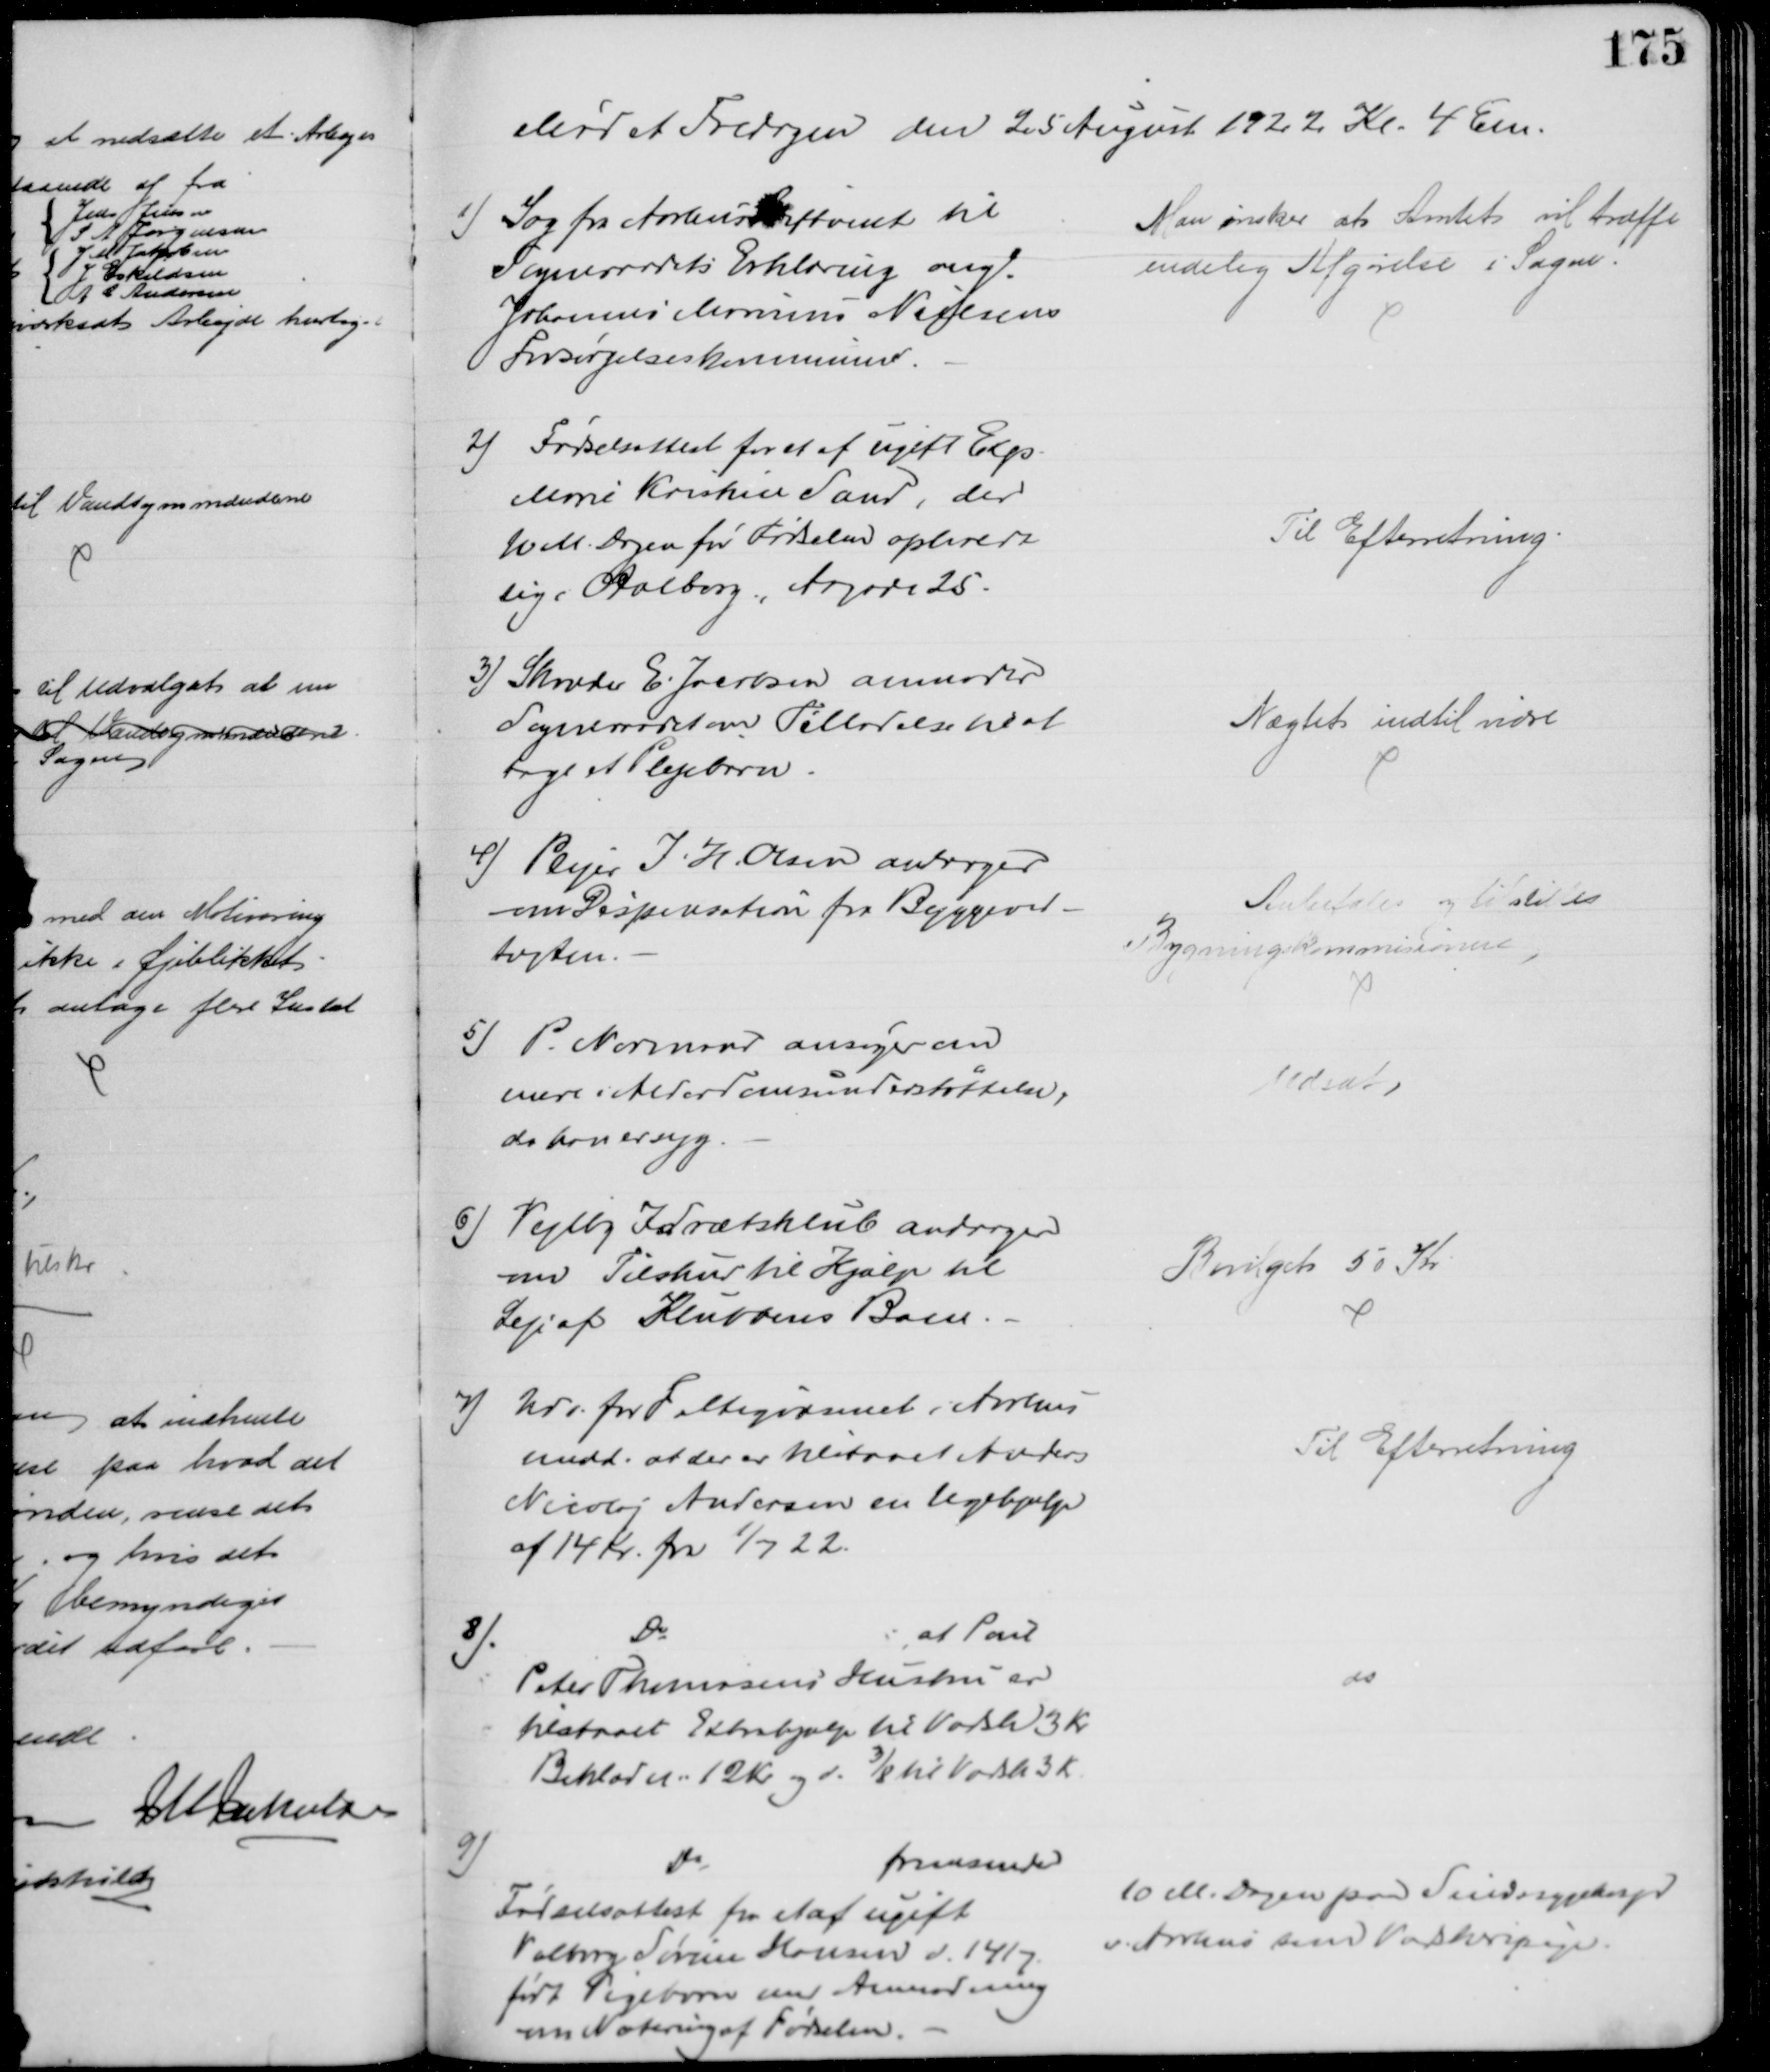
Transskription:
Mødet Fredagen den 25 August 1922 Kl. 4 Em.
1) Sag fra Aarhus Stiftamt til
Sogneraadets Erklæring ang.
Johannes Marinus Nielsens
Forsørgelseskommune.
Man ønsker at Amtet vil træffe
endelig Afgørelse i Sagen.
2) Fødselsattest for et af ugift Exp.
Marie Kristine Sand, der
10 M. Dagen før Fødselen opholdt
sig i Aalborg, Algade 25.
Til Efterretning.
3) Skræder E. Jacobsen anmoder
Sogneraadet om Tilladelse til at
tage at Plejebarn.
Nægtet indtil vidre
4) Plejer J. H. Olsen andrager
om Dispensation fra Byggeved-
tægten.
Anbefales og tilstilles
Bygningskommissionen
5) P. Normand ansøger en
mere i Alderdomsunderstøttelse,
da han er syg.
Udsat
6) Vejlby Idrætsklub andrager
om Tilskud til Hjælp til
Leje af Klubbens Bane.
Bevilget 50 Kr.
7)
Udv. for Fattigvæsenet i Aarhus
medd. at der er tilstaaet Anders
Nicolaj Andersen en Ugehjælp
af 14 Kr fra 1/7 22.
Til Efterretning
8).
Do
at Poul
Peter Thomasens Hustru er
tilstaaet Extrahjælp til Vadsk 3 Kr
Beklædn. 12 Kr og d. 3/8 til Vadsk 3 Kr
do
9)
Do
fremsender
Fødselsattest fra et af ugift
Valborg Sørine Hansen d. 14/7
født Pigebarn med Anmodning
om Notering af Fødselen.
10 M. Dagen paa Sindssygehosp
v Aarhus som Vaskeripige.